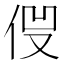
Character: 𠈿